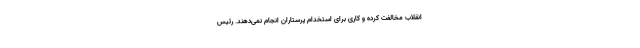
انقلاب مخالفت کرده و کاری برای استخدام پرستاران انجام نمی‌دهند. رئیس